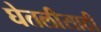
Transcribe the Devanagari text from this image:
घेतलीसाठी